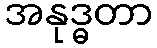
အနုဒ္ဓတာ